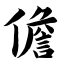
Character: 儋